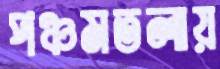
পঞ্চমতলায়